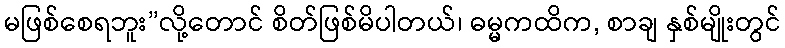
မဖြစ်စေရဘူး”လို့တောင် စိတ်ဖြစ်မိပါတယ်၊ ဓမ္မကထိက, စာချ နှစ်မျိုးတွင်